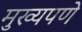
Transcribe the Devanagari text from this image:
मुख्यपणे